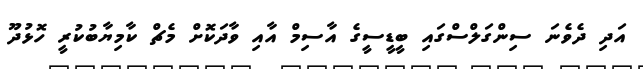
އަދި ދެވެނަ ސިންގަލްސްގައި ބީޑީސީގެ އާސިމް އާއި ވާދަކޮށް މެޗް ކާމިޔާބުކުރީ ހޮޅުދޫ